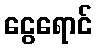
ငွေရောင်